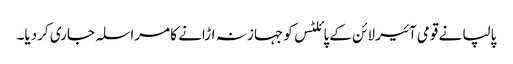
پالپا نے قومی آئیر لائن کے پائلٹس کو جہاز نہ اڑانے کا مراسلہ جاری کردیا۔